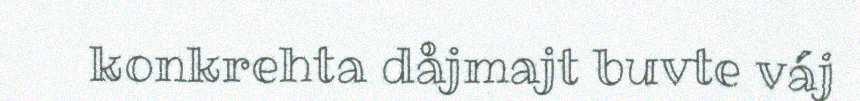
konkrehta dåjmajt buvte váj